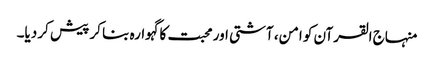
منہاج القرآن کو امن، آشتی اور محبت کا گہوارہ بنا کر پیش کر دیا۔